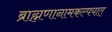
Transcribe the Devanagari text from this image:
ब्राह्मणानामकल्पयात्‌